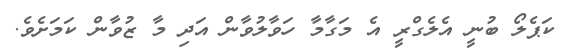
ކަޕެލޯ ބުނީ އެލެގްރީ އެ މަގާމާ ހަވާލުވާން އަދި މާ ޒުވާން ކަމަށެވެ.